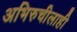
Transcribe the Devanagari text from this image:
अभिरुचीलाही